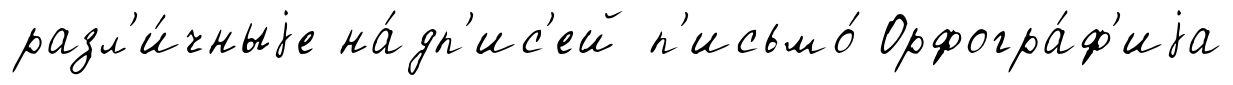
разл'и́чныjе на́дп'ис'ей п'исьмо́ Орфогра́ф'иjа